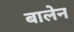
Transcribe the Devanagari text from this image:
बालेन